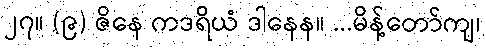
၂၇။ (၉) ဇိနေ ကဒရိယံ ဒါနေန။ ...မိန့်တော်ကျ၊